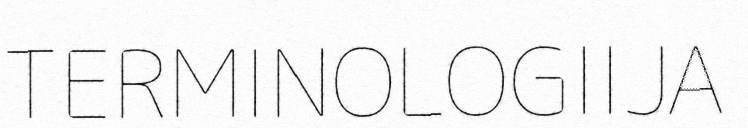
TERMINOLOGIIJA